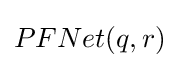
PFNet(q,r)